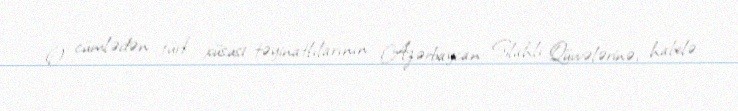
O cümlədən türk xüsusi təyinatlılarının Azərbaycan Silahlı Qüvvələrinə, habelə